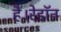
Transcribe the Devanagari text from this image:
हैं।रेडॉन